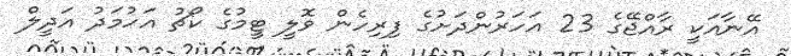
އޭނާއަކީ ރާއްޖޭގެ 23 އަހަރުންދަށުގެ ފިރިހެން ވޮލީ ޓީމުގެ ކޯޗު އަހުމަދު އަދީލް